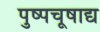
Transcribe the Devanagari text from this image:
पुष्पचूषाद्य